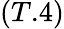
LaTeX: (T.4)